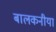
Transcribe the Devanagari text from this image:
बालकनीयां